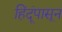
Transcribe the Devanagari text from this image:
हिंदूंपासून